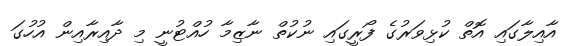
އާއިލާގައި އޮތް ކުޅިވަރުގެ ފޯރީގައި ނުކުތް ނާޒިމާ ހުއްޓުނީ މި ދާއިރާއިން އުހުގަ